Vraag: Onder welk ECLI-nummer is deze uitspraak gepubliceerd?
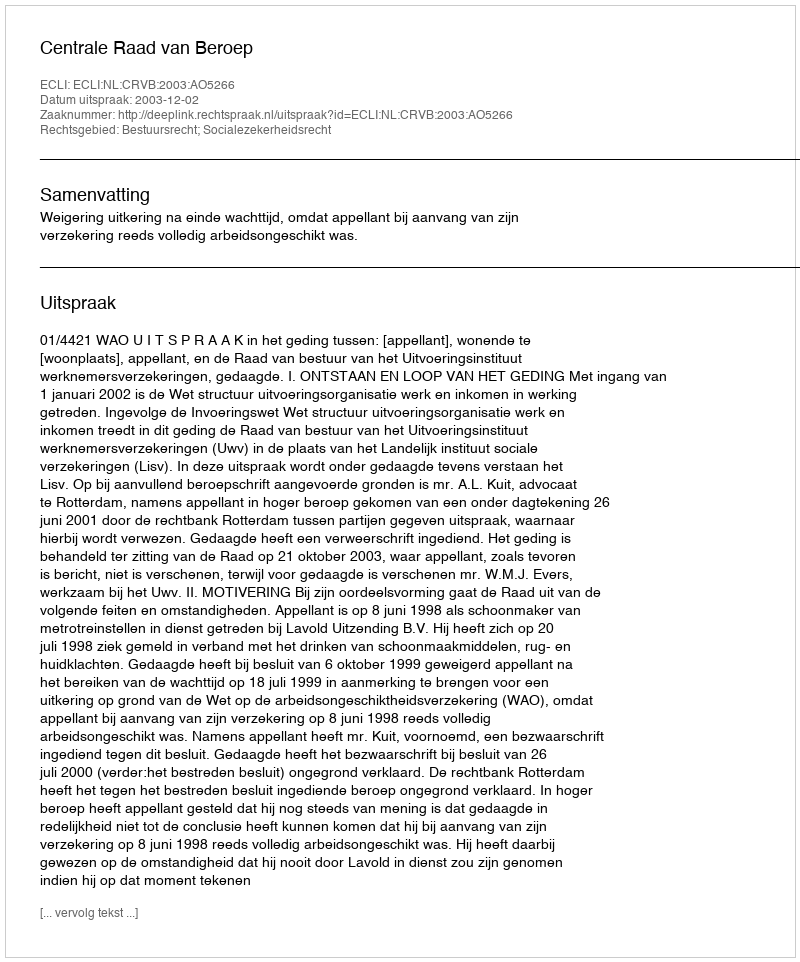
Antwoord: ECLI:NL:CRVB:2003:AO5266